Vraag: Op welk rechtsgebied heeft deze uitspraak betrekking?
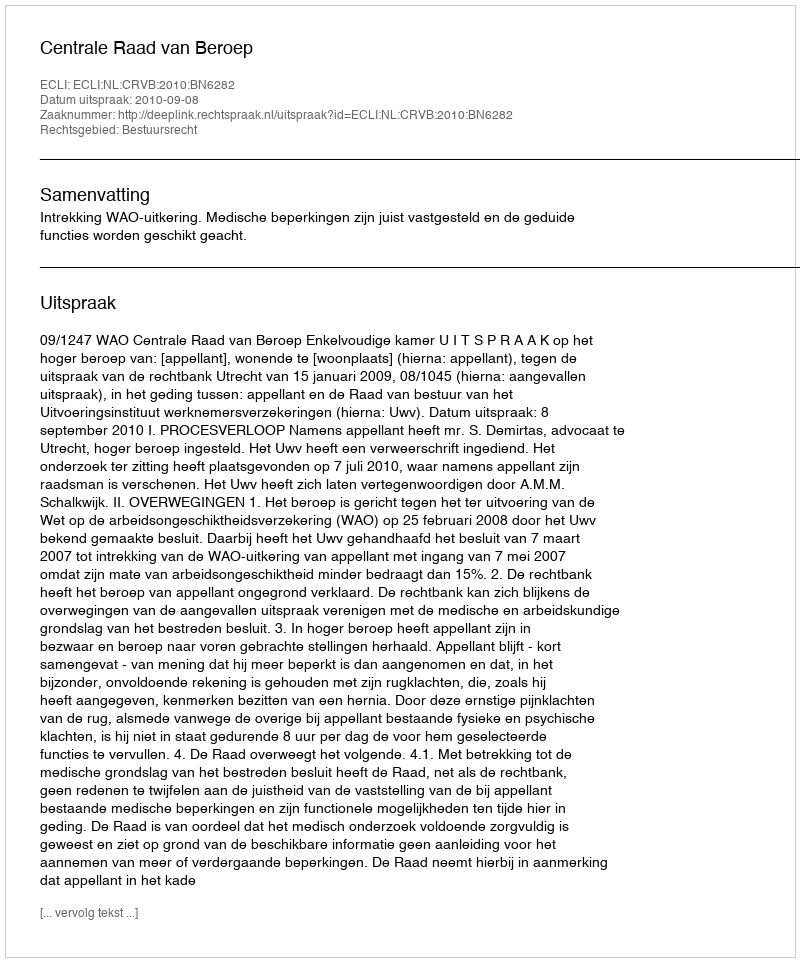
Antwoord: Bestuursrecht